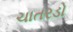
ચાતરડો